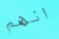
انهم